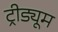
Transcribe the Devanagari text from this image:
ट्रीड्यूम